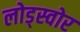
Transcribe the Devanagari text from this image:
लोड्स्वोर